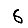
Digit: 6